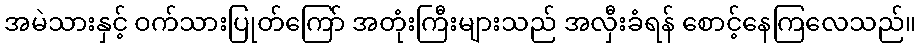
အမဲသားနှင့် ဝက်သားပြုတ်ကြော် အတုံးကြီးများသည် အလှီးခံရန် စောင့်နေကြလေသည်။